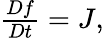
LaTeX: \begin{array}{r}{\frac{Df}{Dt}=J,}\end{array}